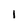
Character: 1